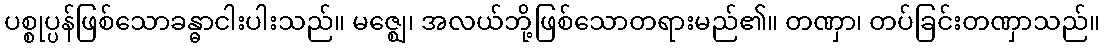
ပစ္စုပ္ပန်ဖြစ်သောခန္ဓာငါးပါးသည်။ မဇ္ဈေ၊ အလယ်ဘို့ဖြစ်သောတရားမည်၏။ တဏှာ၊ တပ်ခြင်းတဏှာသည်။